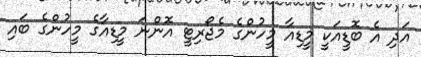
އަދި އެ ބޮޑީއަކީ މީޑިއާ މީހުންގެ މެޖޯރިޓީ އޮންނަ މީޑިއާގެ މީހުންގެ ބައި